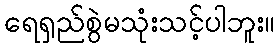
ရေရှည်စွဲမသုံးသင့်ပါဘူး။